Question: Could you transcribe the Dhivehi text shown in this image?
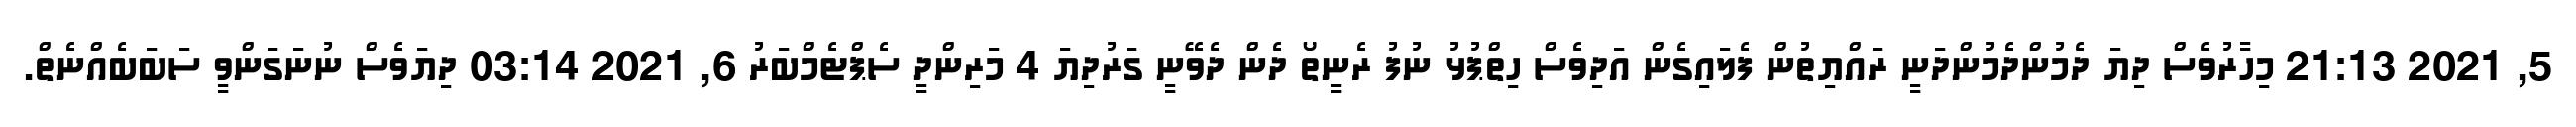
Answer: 5, 2021 21:13 މިހާރުވެސް ދިޔަ ދެމުންދެމުންދަނީ ރައްޔިތުން ފެލައިގެން އަދިވެސް ހިތްޕުޅު ނުފު ރެނީތޯ ދެން ދެވޭނީ ގަރުދިޔަ 4 މަރިންދީ ސެޕްޓެމްބަރު 6, 2021 03:14 ދިޔަވެސް ނުނަގަންވީ ސަބަބެއްނެތް.